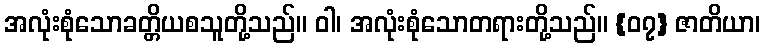
အလုံးစုံသောခတ္တိယစသူတို့သည်။ ဝါ၊ အလုံးစုံသောတရားတို့သည်။ {၀၇} ဇာတိယာ၊